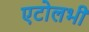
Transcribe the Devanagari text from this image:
एटोलभी